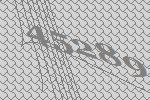
45289